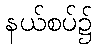
နယ်စပ်၌